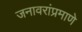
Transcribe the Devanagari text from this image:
जनावरांप्रमाणे